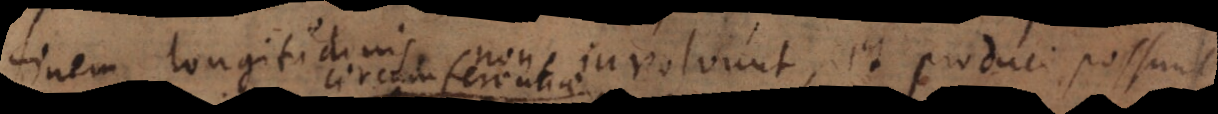
finem longitudinis non involvunt, et produci possunt